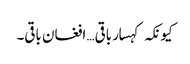
کیونکہ کہسار باقی… افغان باقی۔